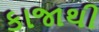
કાજાથી